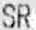
SR